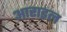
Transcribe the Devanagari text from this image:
आराइल